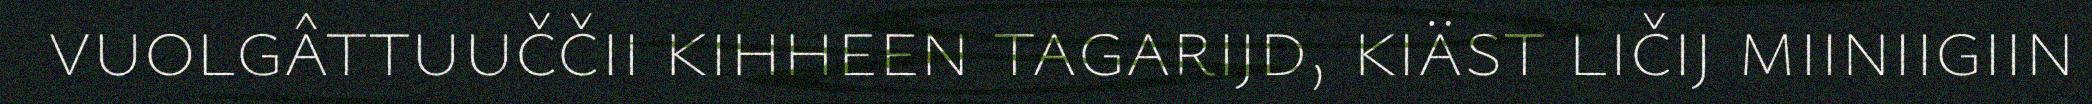
vuolgâttuuččii kihheen tagarijd, kiäst ličij miiniigiin